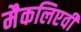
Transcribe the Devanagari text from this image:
मैकलिएवी